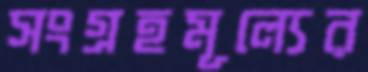
সংগ্রহমূল্যের